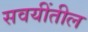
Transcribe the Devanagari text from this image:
सवयींतील